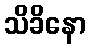
သိခိနော